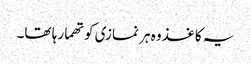
یہ کاغذ وہ ہر نمازی کو تھما رہا تھا۔